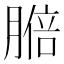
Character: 𦟋